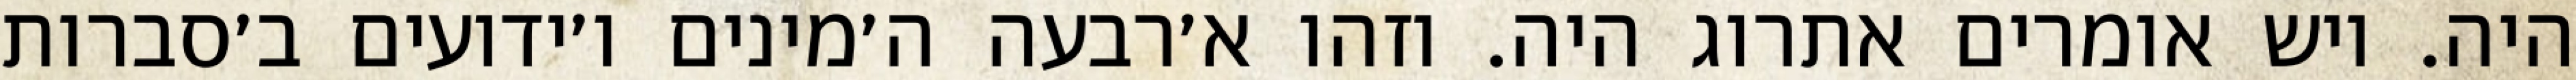
היה. ויש אומרים אתרוג היה. וזהו א׳רבעה ה׳מינים ו׳ידועים ב׳סברות